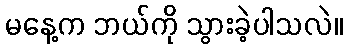
မနေ့က ဘယ်ကို သွားခဲ့ပါသလဲ။